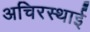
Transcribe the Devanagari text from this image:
अचिरस्थाई